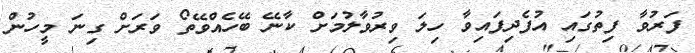
ފަރުވާ ފިތުގައި އުފެދިފައިވާ ހިލަ ވިރުވާލުމަށް ކާނޭ ބޭހެއްވޭތޯ ވަަރަށް ގިނަ މީހުން